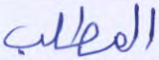
المطلب